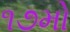
૧૭મો